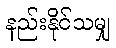
နည်းနိုင်သမျှ